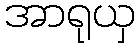
အာရုယှ